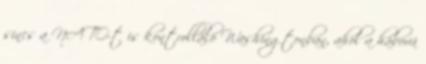
sincs a NATO-t is kontrolláló Washingtonban, ahol a háború